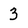
Character: 3